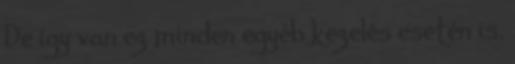
De így van ez minden egyéb kezelés esetén is.